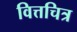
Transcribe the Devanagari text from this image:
वित्तचित्र